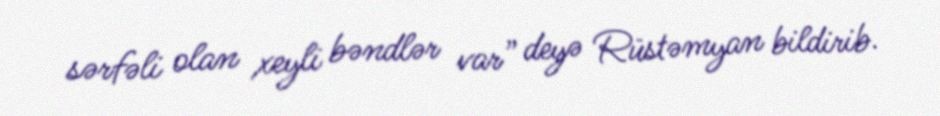
sərfəli olan xeyli bəndlər var” deyə Rüstəmyan bildirib.